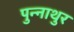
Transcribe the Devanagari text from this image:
पुन्नाथुर